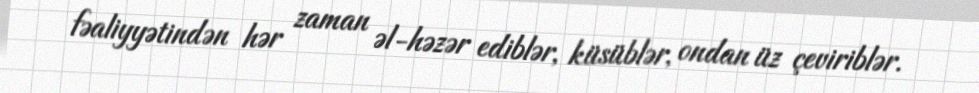
fəaliyyətindən hər zaman əl-həzər ediblər, küsüblər, ondan üz çeviriblər.